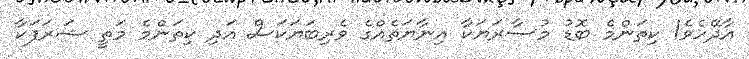
އާދޭހެވެ! ކިތަންމެ ބޮޑު މުސާރަޔަކާ އިނާޔަތެއްގެ ވެރިބަޔަކަސް އަދި ކިތަންމެ މަތީ ޝަރަފަކާ